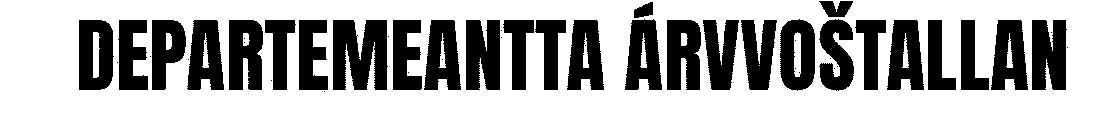
DEPARTEMEANTTA ÁRVVOŠTALLAN